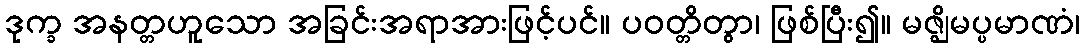
ဒုက္ခ အနတ္တဟူသော အခြင်းအရာအားဖြင့်ပင်။ ပဝတ္တိတွာ၊ ဖြစ်ပြီး၍။ မဇ္ဈိမပ္ပမာဏံ၊